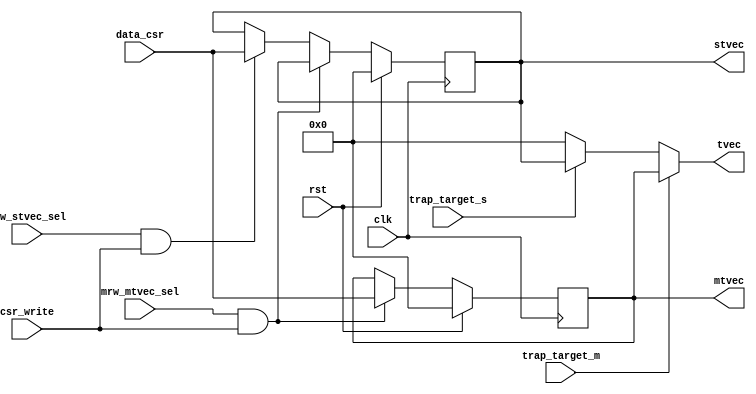
module m_s_tvec(
input wire clk,
input wire rst,

input wire trap_target_m,
input wire trap_target_s,
output wire [63:0]tvec,
//
input wire mrw_mtvec_sel,
input wire srw_stvec_sel,
input wire csr_write,
output reg [63:0]mtvec,
output reg [63:0]stvec,
input wire [63:0]data_csr

);

always@(posedge clk)begin
	if(rst)begin
		mtvec	<=	64'b0;
		stvec	<=	64'b0;
	end
	else if(mrw_mtvec_sel & csr_write)begin
		mtvec	<=	data_csr;
	end
	else if(srw_stvec_sel & csr_write)begin
		stvec	<=	data_csr;
	end
end
//MMTVECSSTVEC
assign tvec	=	trap_target_m ? mtvec : trap_target_s ? stvec : 64'b0;
endmodule